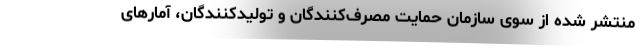
منتشر شده از سوی سازمان حمایت مصرف‌کنندگان و تولیدکنندگان، آمارهای